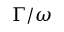
\Gamma / \omega